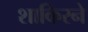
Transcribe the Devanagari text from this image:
शाकिरने